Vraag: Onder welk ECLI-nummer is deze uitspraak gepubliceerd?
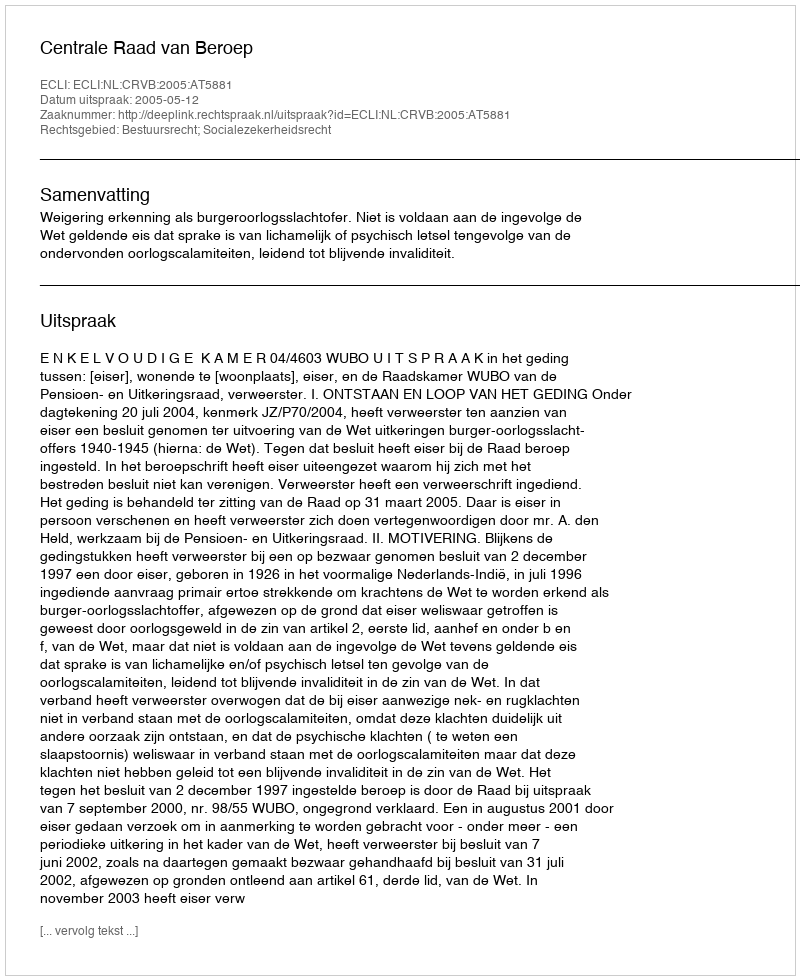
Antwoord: ECLI:NL:CRVB:2005:AT5881